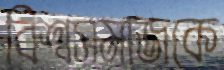
বিশ্বসমাজকে